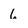
Character: 6